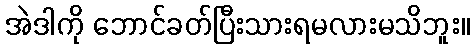
အဲဒါကို ဘောင်ခတ်ပြီးသားရမလားမသိဘူး။